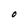
Character: O